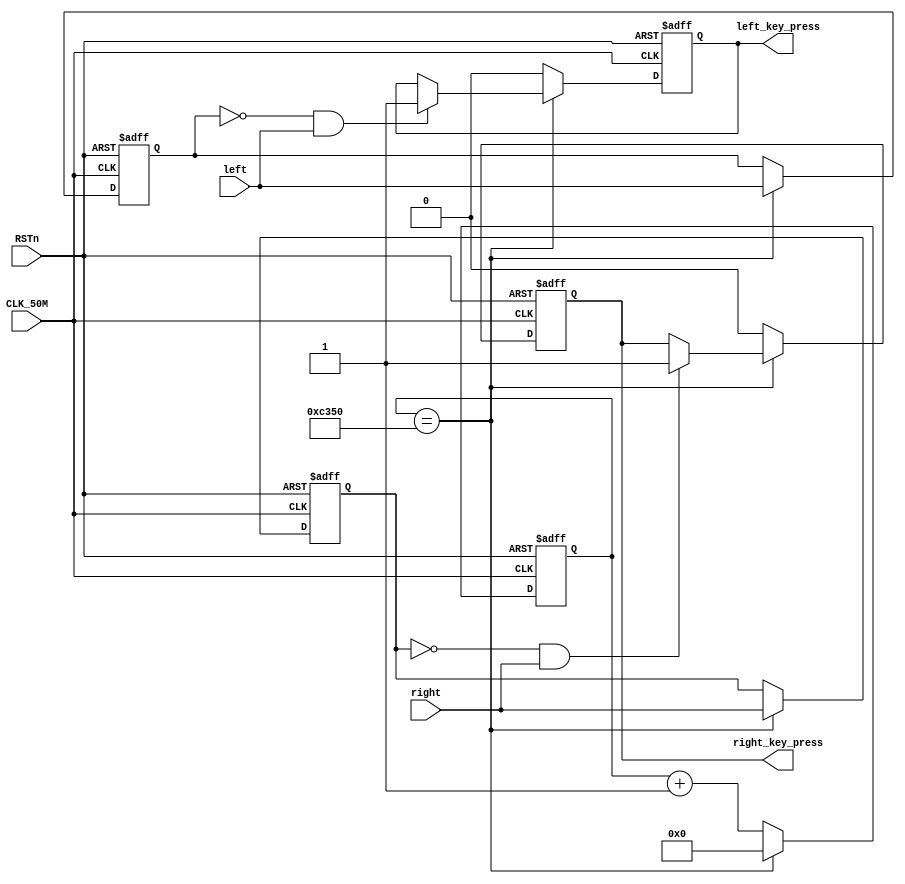

	module Key// 
(	input CLK_50M,
	input RSTn,
	
	input left,
	input right,
	//input up,
	//input down,
	
	output reg left_key_press,
	output reg right_key_press
	//output reg up_key_press,
	//output reg down_key_press

);

/***************************************************************************/
	reg [31:0] clk_cnt;//32100MS
	
	reg left_key_last;
	reg right_key_last;
	//reg up_key_last;
	//reg down_key_last;
	
	always@(posedge CLK_50M or negedge RSTn)
		begin
			if(!RSTn)
				begin
					clk_cnt <= 0;
					
					left_key_press <= 0;
					right_key_press <= 0;
					//up_key_press <= 0;
					//down_key_press <= 0;
					
					left_key_last <= 0;
					right_key_last <= 0;
					//up_key_last <= 0;
					//down_key_last <= 0;						
				end
			else 
				begin
					if(clk_cnt == 5_0000)//100MS0
						begin//lastlast01
							clk_cnt <= 0;//
							
							left_key_last <= left;
							right_key_last <= right;
							//up_key_last <= up;
							//down_key_last <= down;
							
							if(left_key_last == 0 && left == 1)
								left_key_press <= 1;
							if(right_key_last == 0 && right == 1)
								right_key_press <= 1;
							//if(up_key_last == 0 && up == 1)
							//	up_key_press <= 1;
							//if(down_key_last == 0 && down == 1)
							//	down_key_press <= 1;	
						end
					else
						begin
							clk_cnt <= clk_cnt + 1;
							//
							left_key_press <= 0;
							right_key_press <= 0;
							//up_key_press <= 0;
							//down_key_press <= 0;
						end
				end	
		end				
	
endmodule